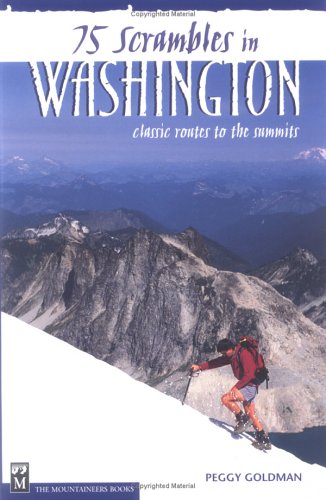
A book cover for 75 Scrambles in Washington: Classic Routes to the Summits; Peggy Goldman; Travel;